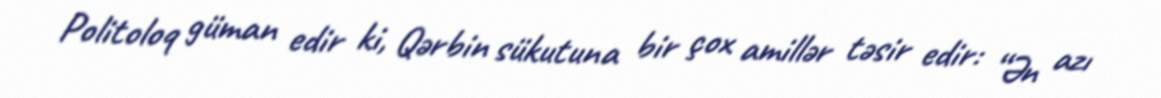
Politoloq güman edir ki, Qərbin sükutuna bir çox amillər təsir edir: “Ən azı